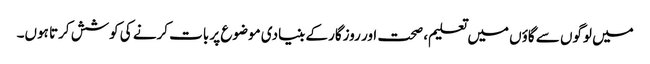
میں لوگوں سے گاؤں میں تعلیم، صحت اور روزگار کے بنیادی موضوع پر بات کرنے کی کوشش کرتا ہوں۔